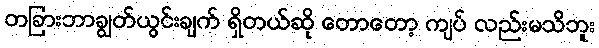
တခြားဘာချွတ်ယွင်းချက် ရှိတယ်ဆို တောတော့ ကျပ် လည်းမသိဘူး